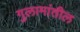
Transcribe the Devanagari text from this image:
गुलामांतील